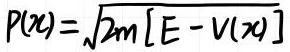
\[ P(x)=\sqrt{2m [E - V(x)]} \]